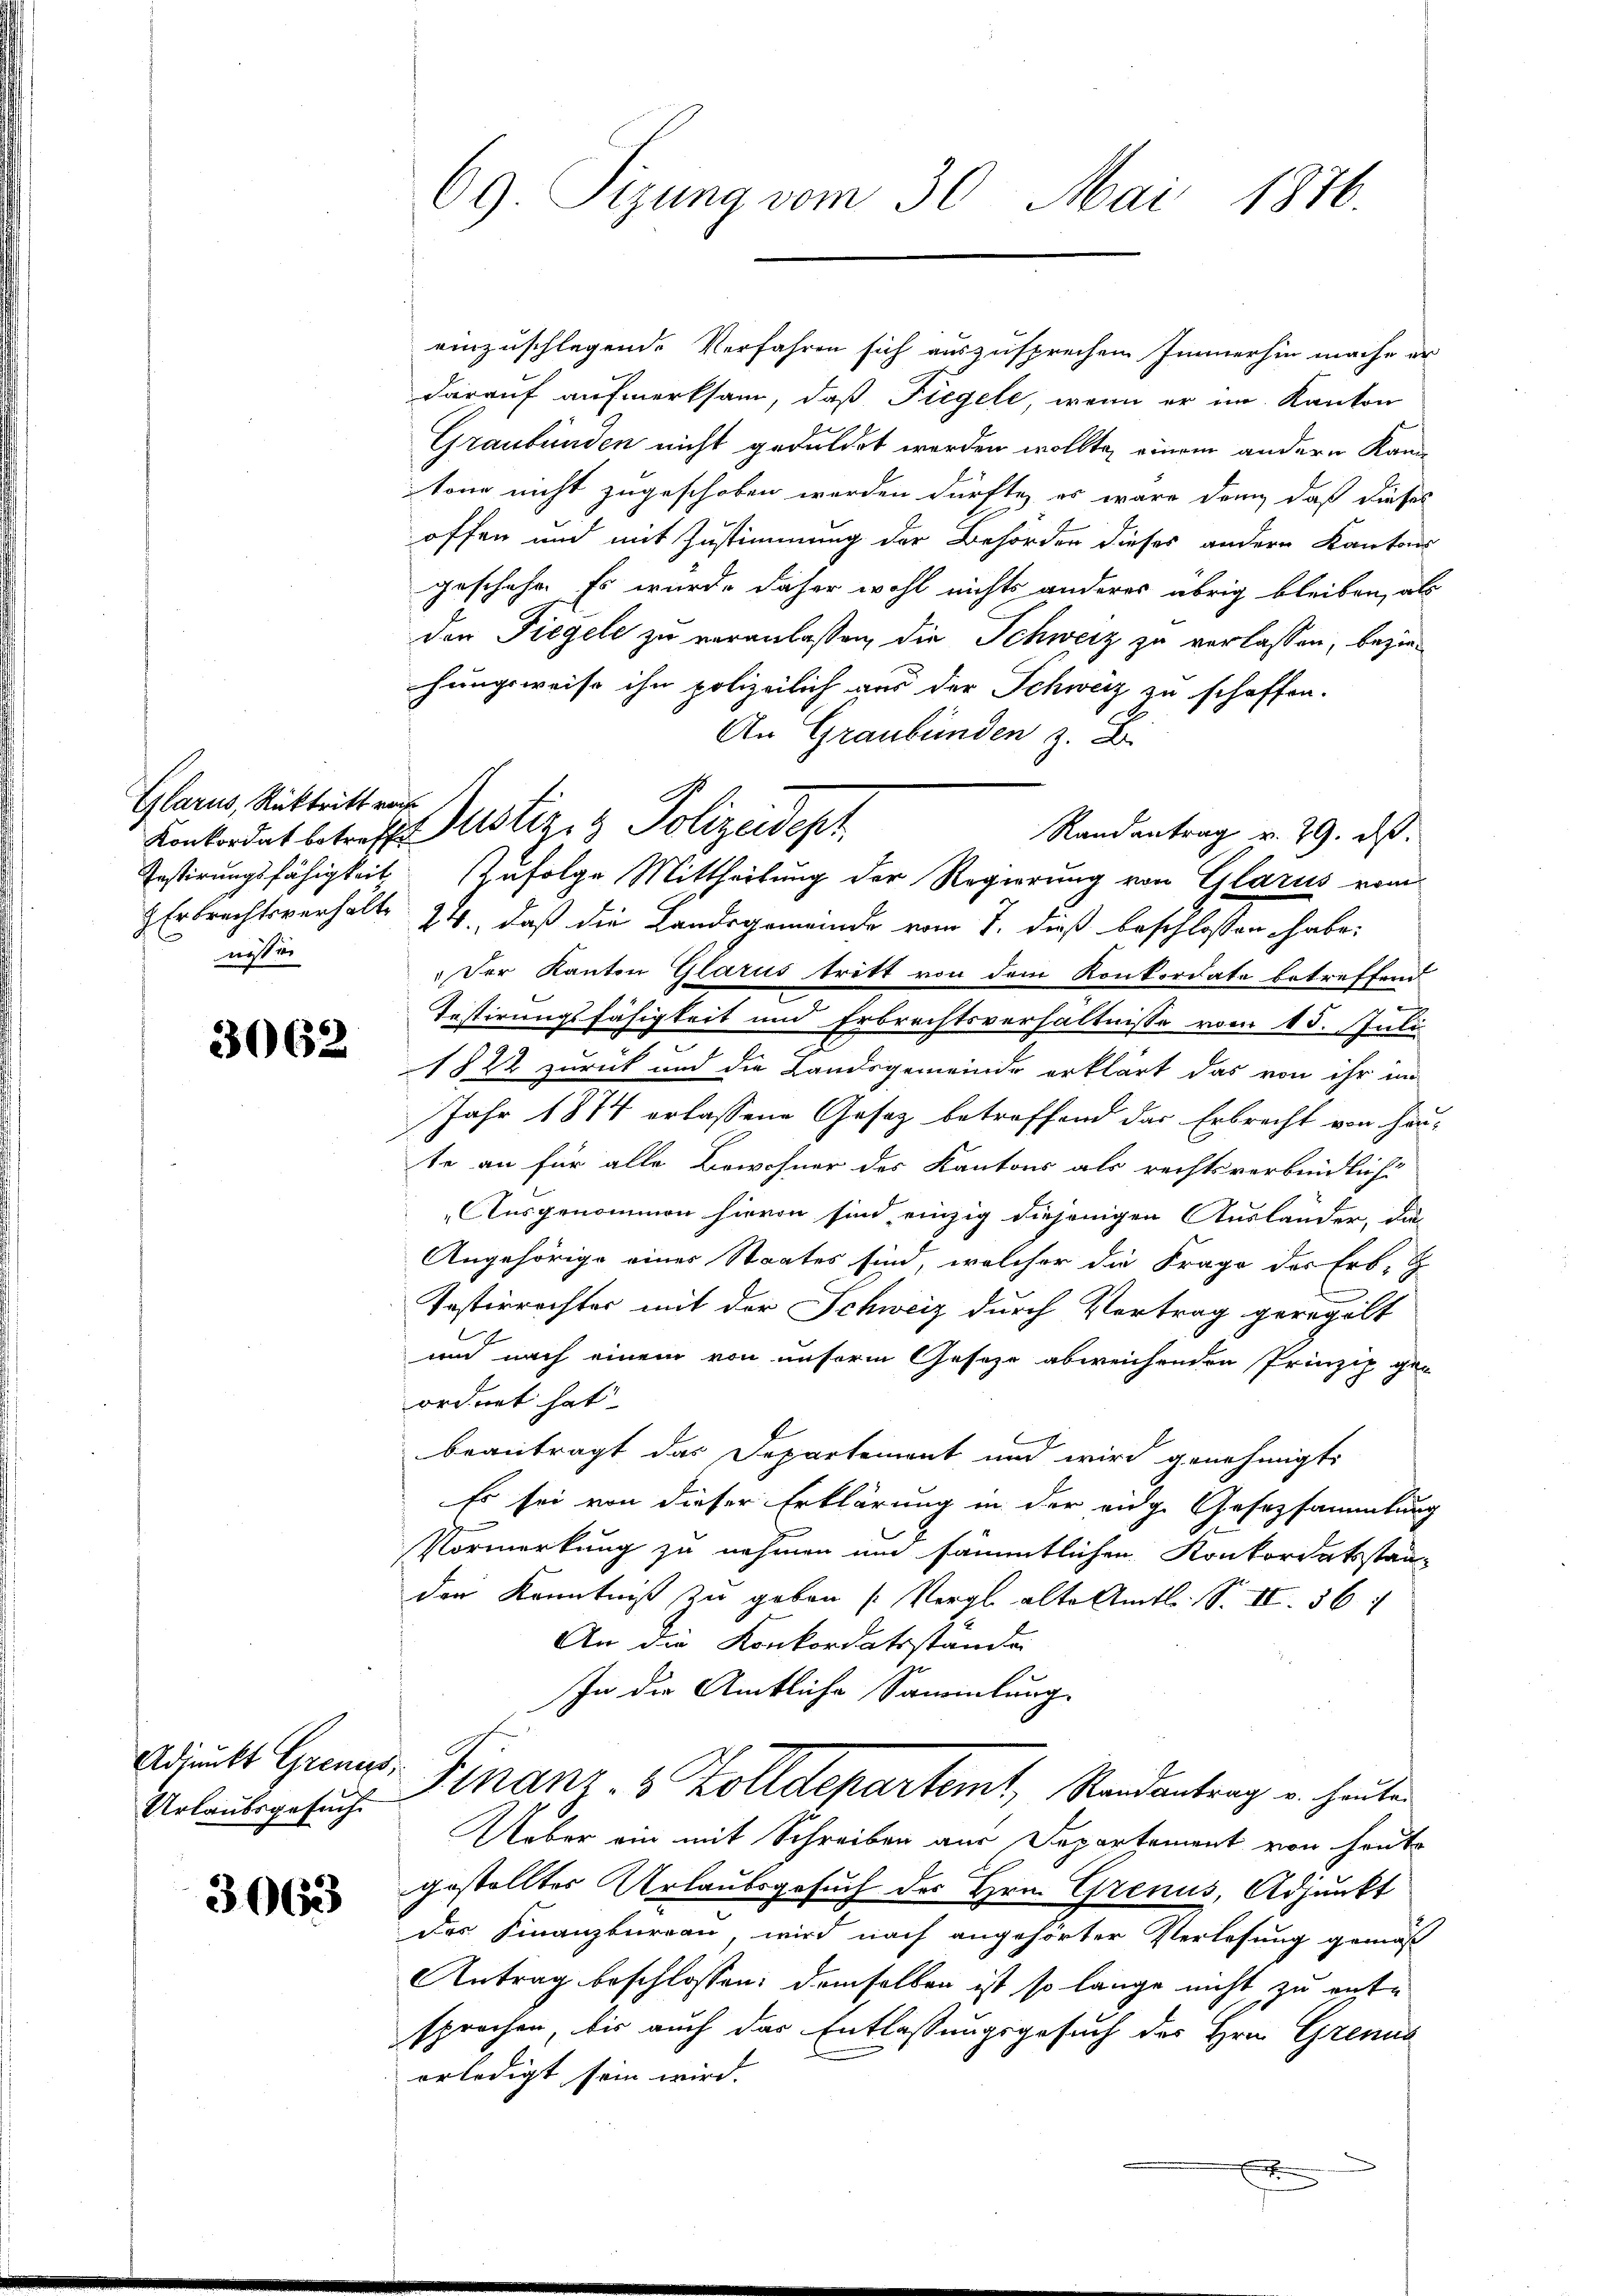
Glarus, Rücktritt rech
nos er

3062

Adjunkt Grenzs,
Urlaubsgesuch

3063

69. Sizung vom 30. Mai 1876.

Konkordat betreff Justiz- & Polizeidept
Testirungsfähigkeit. Zufolge Mittheilung der Regierung von Glarus vom

einzuschlagende Verfahren sich auszusprechen Immerhin mache er
darauf aufmerksam, daß Fiegele, wenn er im Kanton
Graubünden nicht geduldet werden wollte, einem andern Kantone nicht zugeschoben werden dürfte, es wäre denn, daß dieses
offen und mit Zustimmung der Behörden dieses andern Kantons
geschehe. Es wurde daher wohl nichts anderes übrig bleiben, als
den Tiegel zu veranlassen, die Schweiz zu verlassen, beziehungsweise ihn polizeilich aus der Schweiz zu schaffen.
An Graubünden z. B.
z Erbrechtsverhält 24., daß die Landsgemeinde vom 7. dieß beschlossen habe;
Der Kanton Glarus tritt von dem Konkordate betreffend
Testirungsfähigkeit und Erbrechtsverhältnisse vom 15. Juli
1822 zurück und die Landsgemeinde erklärt das von ihr im
Jahr 1874 erlassene Gesetz betreffend das Erbrecht von Han-
te an für alle Bewohner des Kantons als rechtsverbindliche
Ausgenommen hievon sind einzig diejenigen Ausländer, die
Angehörige einer Staates sind, welcher die Frage der Erb-
E
Tasterrechter mit der Schweiz durch Vertrag geregelt
und nach einem von unserm Gesetze abweichenden Prinzip geordnet hat.
beantragt das Departement und wird genehmigt.
Es sei von dieser Erklärung in der eidge Gesezsammlung
Vormerkung zu nehmen und sämmtlichen Konkordatsstanden Kenntniß zu geben (Vergl. alte Amtl. S. II. 56
An die Konkordatsstände
In die Amtliche Sammlung
Finanz- & Zolldepartemt, Randantrag u. heuten
Ueber ein mit Schreiben aus Departement von heute
gestellter Urlaubsgesuch des Hrn. Grenus, Adjunkt
des Finanzbureau, wird nach angehörter Perlesung gemäß
Antrag beschlossen: demselben ist so lange nicht zu entsprochen, bis auch das Entlassungsgesuch des Hrn. Grenas
erledigt sein wird.
t

Randantrag v. 29. ds.